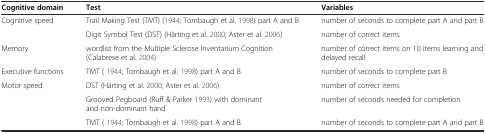
<table><thead><tr><td><b>Cognitive domain</b></td><td><b>Test</b></td><td><b>Variables</b></td></tr></thead><tbody><tr><td>Cognitive speed</td><td>Trail Making Test (TMT) (1944; Tombaugh et al. 1998) part A and B</td><td>number of seconds to complete part A and part B</td></tr><tr><td></td><td>Digit Symbol Test (DST) (Härting et al. 2000; Aster et al. 2006)</td><td>number of correct items</td></tr><tr><td>Memory</td><td>wordlist from the Multiple Sclerose Inventarium Cognition (Calabrese et al. 2004)</td><td>number of correct items on 10 items learning and delayed recall</td></tr><tr><td>Executive functions</td><td>TMT ( 1944; Tombaugh et al. 1998) part A and B</td><td>number of seconds to complete part B</td></tr><tr><td>Motor speed</td><td>DST (Härting et al. 2000; Aster et al. 2006)</td><td>number of correct items</td></tr><tr><td></td><td>Grooved Pegboard (Ruff &amp; Parker 1993) with dominant and non-dominant hand</td><td>number of seconds needed for completion</td></tr><tr><td></td><td>TMT ( 1944; Tombaugh et al. 1998) part A and B</td><td>number of seconds to complete part A and part B</td></tr></tbody></table>